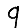
Digit: 9